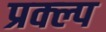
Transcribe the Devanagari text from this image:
प्रक्ल्प